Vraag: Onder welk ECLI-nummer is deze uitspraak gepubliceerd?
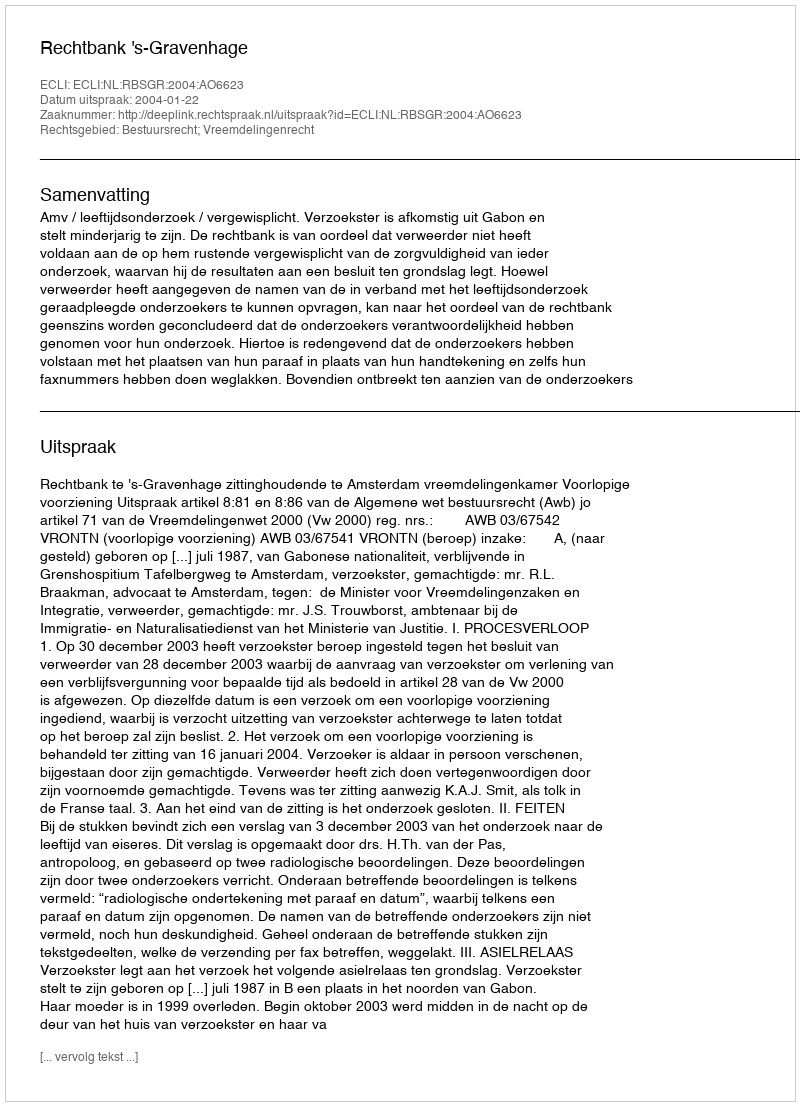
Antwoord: ECLI:NL:RBSGR:2004:AO6623